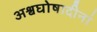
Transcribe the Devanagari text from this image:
अश्वघोषादीनां